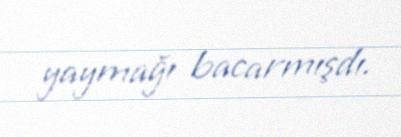
yaymağı bacarmışdı.